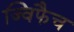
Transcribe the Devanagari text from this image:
ज्विफैच